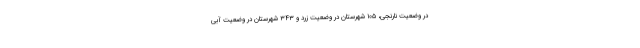
در وضعیت نارنجی، ۱۰۵ شهرستان در وضعیت زرد و ۳۴۳ شهرستان در وضعیت آبی